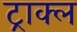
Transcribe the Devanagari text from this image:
ट्राक्ल